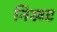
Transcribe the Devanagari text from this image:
निखट